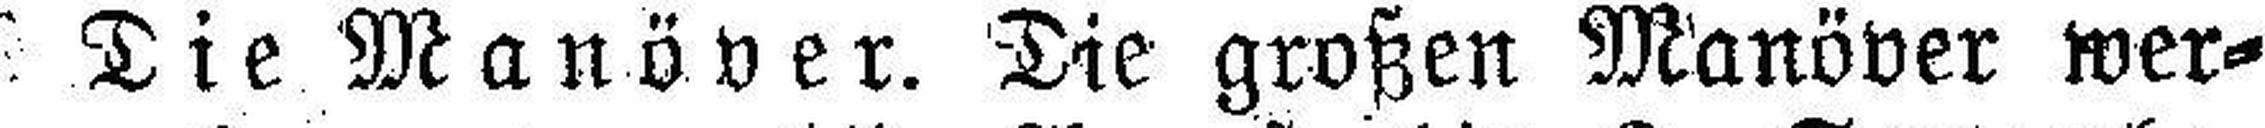
Die Manöver. Die großen Manöver wer¬